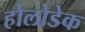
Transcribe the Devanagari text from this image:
होलोडेक